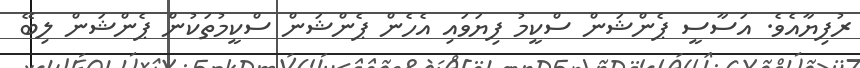
ރުފިޔާއެވެ. އަސާސީ ޕެންޝަން ސްކީމު ފިޔަވައި އެހެން ޕެންޝަން ސްކީމުތަކުން ޕެންޝަން ލިބޭ